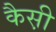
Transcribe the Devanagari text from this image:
कैस़ी